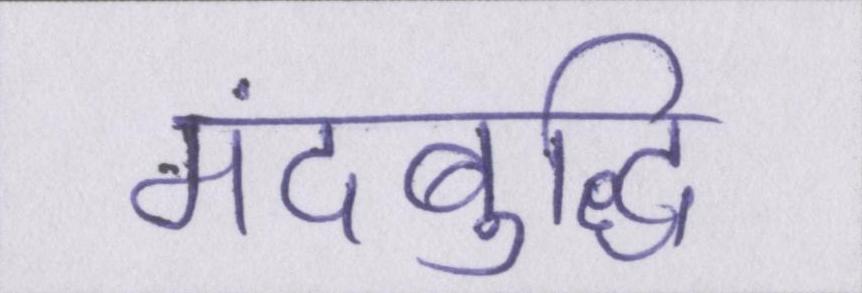
मंदबुद्धि